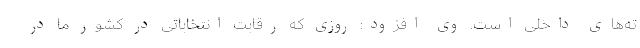
ته‌های داخلی است. وی افزود: روزی که رقابت انتخاباتی در کشور ما در